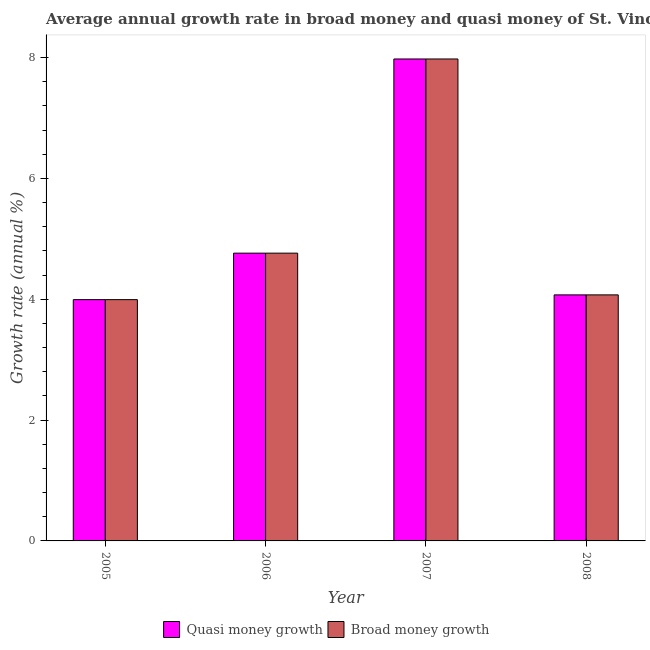
| Year | Quasi money growth | Broad money growth |
 | --- | --- | --- |
 | 2005 | 3.99 | 3.99 |
 | 2006 | 4.76 | 4.76 |
 | 2007 | 7.98 | 7.98 |
 | 2008 | 4.07 | 4.07 |